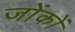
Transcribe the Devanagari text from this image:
जोंकों